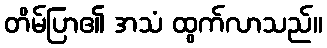
တိမ်ပြာ၏ အသံ ထွက်လာသည်။